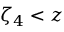
\zeta _ { 4 } < z